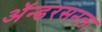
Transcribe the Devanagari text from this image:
ॲन्डरसनला